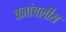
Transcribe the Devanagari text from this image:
वनांचलीय